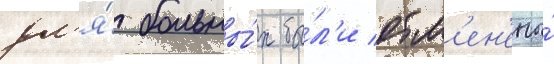
дл'я́ больны́х бы́л'и отм'ен'ены́